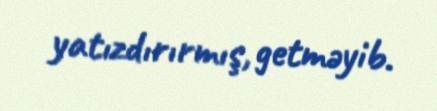
yatızdırırmış, getməyib.